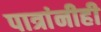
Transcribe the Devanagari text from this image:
पात्रांनीही